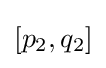
[p_{2},q_{2}]